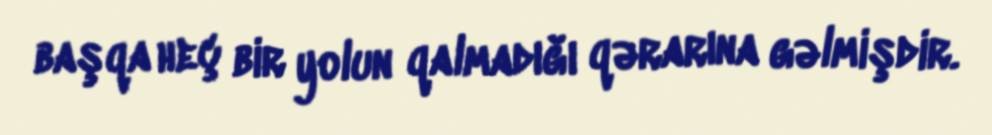
başqa heç bir yolun qalmadığı qərarına gəlmişdir.